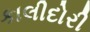
કાલીદોરી